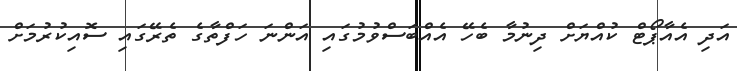
އަދި އެއާޕޯޓް ކުއްޔަށް ދިނުމާ ބެހޭ އެއްބަސްވުމުގައި އަންނަ ހަފްތާގެ ތެރޭގައި ސޮއިކުރުމަށް